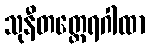
သုနီတတ္ထေရဂါထာ